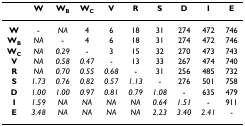
|  | W | WB | WC | V | R | S | D | I | E |
 | --- | --- | --- | --- | --- | --- | --- | --- | --- | --- |
 | W | - | NA | 4 | 6 | 18 | 31 | 274 | 472 | 746 |
 | WB | NA | - | 4 | 6 | 18 | 31 | 274 | 472 | 746 |
 | WC | NA | 0.29 | - | 3 | 15 | 32 | 270 | 473 | 743 |
 | V | NA | 0.58 | 0.47 | - | 13 | 33 | 267 | 474 | 740 |
 | R | NA | 0.70 | 0.55 | 0.68 | - | 31 | 256 | 485 | 732 |
 | S | 1.73 | 0.76 | 0.82 | 0.57 | 1.13 | - | 276 | 501 | 758 |
 | D | 1.00 | 1.00 | 0.97 | 0.81 | 0.79 | 1.08 | - | 635 | 479 |
 | I | 1.59 | NA | NA | NA | NA | 0.64 | 1.51 | - | 911 |
 | E | 3.48 | NA | NA | NA | NA | 2.23 | 3.40 | 2.41 | - |